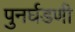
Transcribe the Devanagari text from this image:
पुनर्घडणी